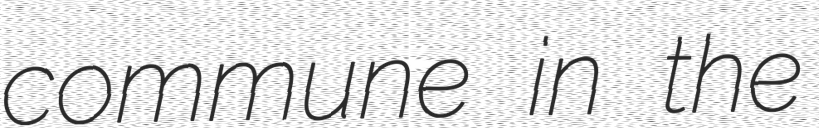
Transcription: commune in the